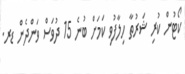
ކޯޓުން ކުރި ޝަރުތާ ހިލާފުވި ކަމަށް ބުނެ 15 ދުވަސް ވަންދެން ޑރ.